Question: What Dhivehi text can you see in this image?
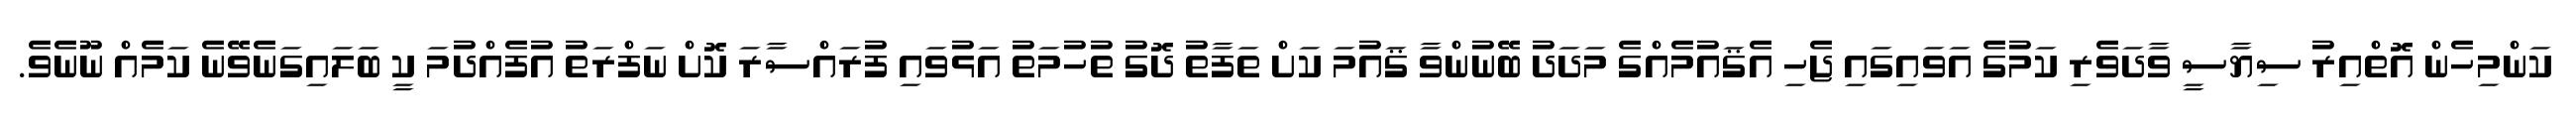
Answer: ކަންމިހެން އޮތްއިރު ސިޔާސީ ވާދަވެރި ކަމުގެ އަވައިގައި ޖެހި އެޤައުމެއްގެ މަދަދު ބޭނުންވާ ޤައުމަ ކަށް ތަފާތު ދޮގު ތުހުމަތު އަޅުވައި ފުރައްސާރަ ކޮށް ނަފްރަތު އުފެއްދުމަ ކީ ބަލައިގަނެވޭނެ ކަމެއް ނޫނެވެ.